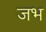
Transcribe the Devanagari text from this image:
जभ